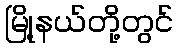
မြို့နယ်တို့တွင်